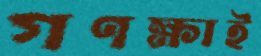
গণক্ষাই